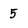
Character: 5